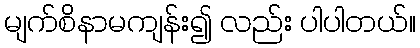
မျက်စိနာမကျန်း၍ လည်း ပါပါတယ်။